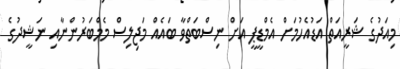
މިއަދުގެ ޝަރީއަތް އަޑުއެހުމަށް އެމްޑީޕީ އަށް ނިސްބަތްވާ ބައެއް މަޖިލިސް މެމްބަރުންނާއި ނަޝީދުގެ